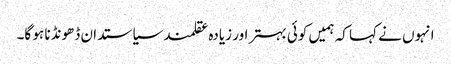
انہوں نے کہا کہ ہمیں کوئی بہتر اور زیادہ عقلمند سیاستدان ڈھونڈنا ہو گا۔